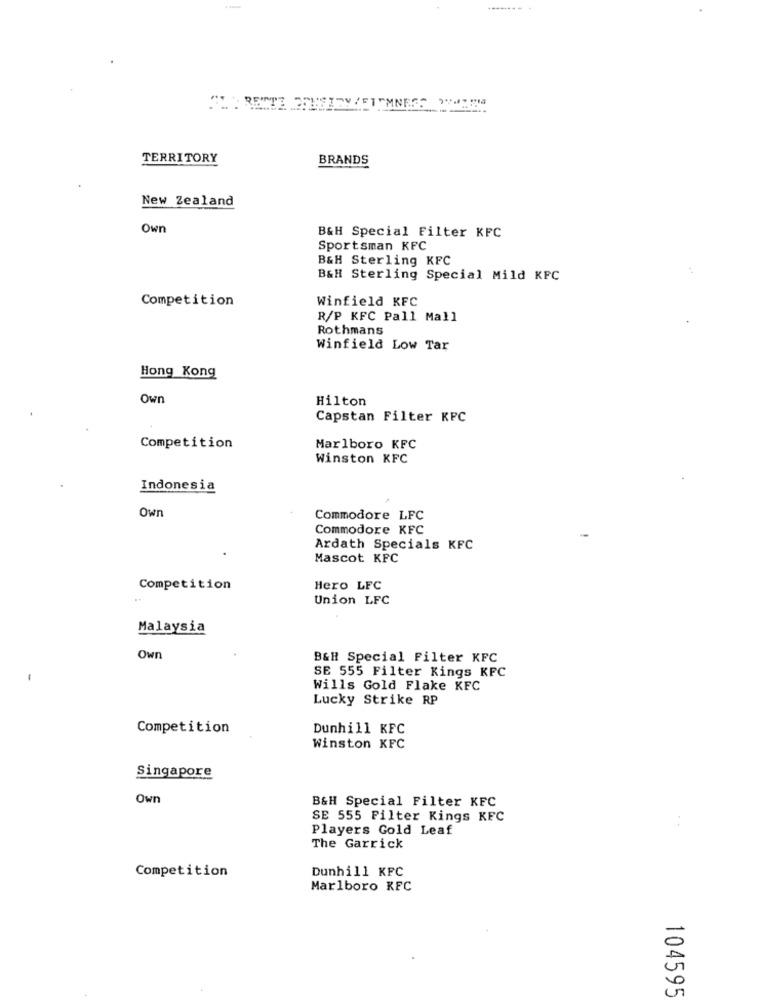
TERRITORY
BRANDS
New Zealand
Own
B&H Special Filter KFC
Sportsman KFC
B&H Sterling KFC
B&H Sterling Special Mild KFC
Competition
Winfield KFC
R/P KFC Pall Mall
Rothmans
Winfield Low Tar
Hong Kong
Own
Hilton
Capstan Filter KFC
Competition
Marlboro KFC
Winston KFC
Indonesia
own
Commodore LFC
Commodore KFC
Ardath Specials KFC
Mascot KFC
Competition
Hero LFC
Union LFC
Malaysia
Own
B&H Special Filter KFC
SE 555 Filter Kings KFC
Wills Gold Flake KFC
Lucky Strike RP
Competition
Dunhill KFC
Winston KFC
Singapore
Own
B&H Special Filter KFC
SE 555 Filter Kings KFC
Players Gold Leaf
The Garrick
Competition
Dunhill KFC
Marlboro KFC
104595